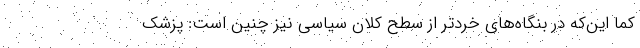
کما این‌که در بنگاه‌های خُردتر از سطح کلان سیاسی نیز چنین است: پزشک